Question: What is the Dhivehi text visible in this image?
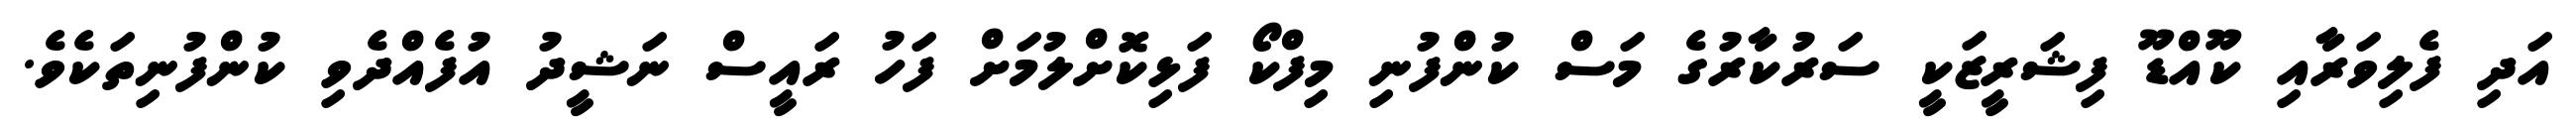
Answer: އަދި ފެލިވަރާއި ކޫއްޑޫ ފިޝަރީޒަކީ ސަރުކާރުގެ މަސް ކުންފުނި މިފްކޯ ފަޅިކޮށްލުމަށް ފަހު ރައީސް ނަޝީދު އުފެއްދެވި ކުންފުނިތަކެވެ.